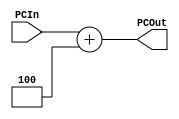
module AdderModule(PCIn, PCOut);

//inputs - Current Program Counter
input [31:0] PCIn;
//Outputs - Next Program Counter (CurrentPC + 4)
output reg [31:0] PCOut;

//Add 4 to get next PC
always @(*)
begin
PCOut = PCIn + 4;
end
endmodule